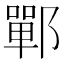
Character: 鄲